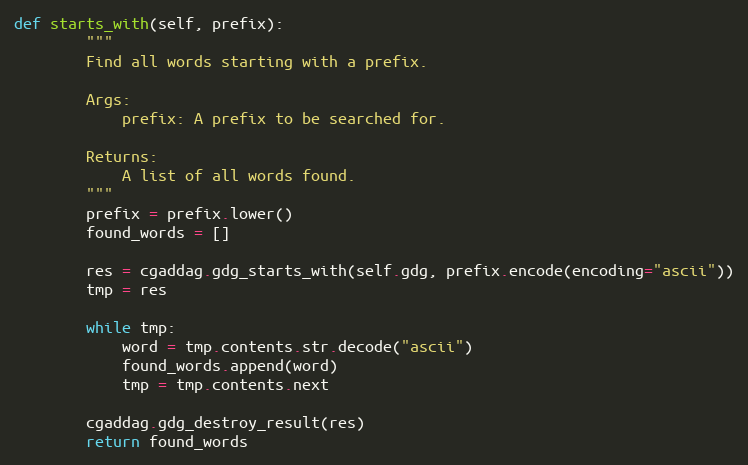
Language: Python
def starts_with(self, prefix):
        """
        Find all words starting with a prefix.

        Args:
            prefix: A prefix to be searched for.

        Returns:
            A list of all words found.
        """
        prefix = prefix.lower()
        found_words = []

        res = cgaddag.gdg_starts_with(self.gdg, prefix.encode(encoding="ascii"))
        tmp = res

        while tmp:
            word = tmp.contents.str.decode("ascii")
            found_words.append(word)
            tmp = tmp.contents.next

        cgaddag.gdg_destroy_result(res)
        return found_words